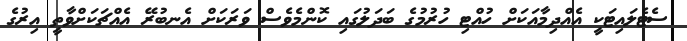
ސެޓެލައިޓަކީ އެއްދިމާއަކަށް ހުއްޓި ހުރުމުގެ ބަދަލުގައި ކޮންމެވެސް ވަރަކަށް އެނބުރޭ އެއްޗަކަށްވާތީ އިރުގެ